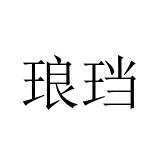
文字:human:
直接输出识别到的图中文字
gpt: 琅珰